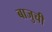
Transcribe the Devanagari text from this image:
बाजुची